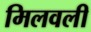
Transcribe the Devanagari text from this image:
मिलवली